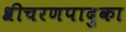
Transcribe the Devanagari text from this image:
श्रीचरणपादुका